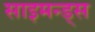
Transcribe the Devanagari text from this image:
साइमन्ड्स